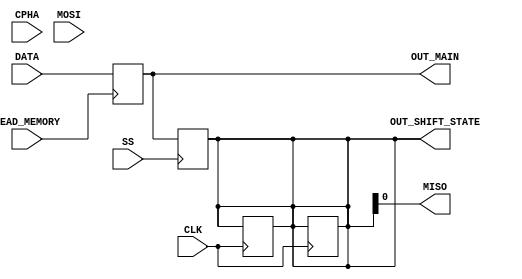
module Slave(CPHA, SS, CLK, MOSI, READ_MEMORY, DATA, 
	     MISO, OUT_SHIFT_STATE, OUT_MAIN);

// INPUTS
input CPHA;	//CLOCK PHASE
input CLK;	//CLOCK POLARITY
input SS;	//SLAVE SELECT
input  MOSI;	//MASTER OUTPUT SLAVE INPUT
input READ_MEMORY;//READING FROM MEMORY OR WRITING
input [7:0]DATA; //INPUT DATA FOR SLAVE

// OUTPUTS
output  MISO;	//MASTER INPUT SLAVE OUTPUT
output [0:7]OUT_SHIFT_STATE; 
output [0:7]OUT_MAIN;

// PARAMETRS
reg [0:7] MAIN_MEMORY = 8'b00000000;
reg [0:7] STATE;
reg DATA_IN;
reg IS_VALID = 0;

assign OUT_SHIFT_STATE = STATE;
assign OUT_MAIN = MAIN_MEMORY;
assign  MISO =STATE[7];
// Load Data to The Main Memory
always @(posedge READ_MEMORY) begin 
MAIN_MEMORY = DATA;
end

always @(negedge SS) begin
IS_VALID = 0;
STATE = MAIN_MEMORY;
end

always @(posedge CLK) begin
if(SS == 0) begin
	if(CPHA == 0) begin 
	    DATA_IN = MOSI;
            IS_VALID = 1;
	end
	else if(CPHA == 1 && IS_VALID)begin
	    STATE[0:7] = {DATA_IN, STATE[0:6]}; 
	end
end
end

always @(negedge CLK) begin
if(SS == 0) begin
	if(CPHA == 1) begin 
	    DATA_IN = MOSI;
	    IS_VALID = 1;
	end
	else if(CPHA == 0 && IS_VALID) begin
	    STATE[0:7] = {DATA_IN, STATE[0:6]};
	end
end
end

endmodule


///////////////////////////////////--> SLAVE TESTBENCH <--////////////////////////////////////////////////////////

module Slave_tb();

//SLAVE INPUTS 
reg CPHA;
reg CPOL;
reg CLK;
reg SS = 1;
reg MOSI;
reg READ_MEMORY;
reg [0:7]DATA;

//OUTPUTS 
wire MISO;
wire [0:7]OUT_SHIFT_STATE;
wire [0:7]OUT_MAIN;

integer f;
integer Iterator;
integer i = 1;
reg START = 0;
reg [7:0]TEST_CASE;
integer wrong = 0;

Slave Slave1(CPHA,SS,CLK,MOSI,READ_MEMORY,DATA,MISO,OUT_SHIFT_STATE,OUT_MAIN);

always @(OUT_SHIFT_STATE) begin
if (OUT_SHIFT_STATE != 8'b00000000) begin
MOSI = TEST_CASE[i % 8];
i = i + 1;
end

end

initial begin 
f=$fopen("Slave_tb.txt");
$fdisplay (f,"////////// SLAVE TESTBENCH //////////////////");
$fdisplay (f,"/////////////////////////////////////////////");
$fdisplay (f,"/////////////// MODE 0 //////////////////////");
$display("SEND 01010101 To SLAVE IN MODE 0");
$fdisplay (f,"CLK	MOSI	MISO	OUT_SHIFT_STATE");
$fmonitor (f,"%b	%b	%b	%b",CLK,MOSI,MISO,OUT_SHIFT_STATE);

// MODE 0
SS=0;
CPHA=0;
CPOL=0;
CLK=0;
READ_MEMORY=1;
DATA=8'b00000000;
TEST_CASE = 8'b01010101;
MOSI = TEST_CASE[0];
#10 START = 1;

//CLK GENERATION :
for (Iterator=1;Iterator<17;Iterator=Iterator+1) begin 
CLK=~CLK;
#10;
end

READ_MEMORY=0; SS = 1;
#20;

if(OUT_SHIFT_STATE == 8'b01010101) begin
$display("Passed This Test Successfully");
$fdisplay(f, "Passed This Test Successfully");
end
else begin
wrong = wrong + 1;
$display("Wrong Output Expected Output: 01010101 Output: %b", OUT_SHIFT_STATE);
$fdisplay(f, "Wrong Output Expected Output: 01010101 Output: %b", OUT_SHIFT_STATE);
end

//MODE 1
$fdisplay (f,"/////////////////////////////////////////////");
$fdisplay (f,"/////////////// MODE 1 //////////////////////");
$display("SEND 00110011 To SLAVE IN MODE 1");
$fdisplay (f,"CLK	MOSI	MISO	OUT_SHIFT_STATE	");

CPHA=1;
READ_MEMORY=1;
SS = 0;
TEST_CASE = 8'b00110011;
i = 1;
MOSI = TEST_CASE[0];
#10;

//CLK GENERATION 
for (Iterator=0;Iterator<17;Iterator=Iterator+1) begin 
CLK=~CLK;
#10;
end

SS = 1;
#20;

if(OUT_SHIFT_STATE == 8'b00110011) begin
$display("Passed This Test Successfully");
$fdisplay(f, "Passed This Test Successfully");
end
else begin
wrong = wrong + 1;
$display("Wrong Output Expected Output: 00110011 Output: %b", OUT_SHIFT_STATE);
$fdisplay(f, "Wrong Output Expected Output: 00110011 Output: %b", OUT_SHIFT_STATE);
end

//MODE 2
$fdisplay (f,"/////////////////////////////////////////////");
$fdisplay (f,"/////////////// MODE 2 //////////////////////");
$display("SEND 01101101 To SLAVE IN MODE 2");
$fdisplay (f,"CLK	MOSI	MISO	OUT_SHIFT_STATE	");

CPHA=1;
CPOL=1;
READ_MEMORY=1;
MOSI=1;
TEST_CASE = 8'b01101101;
SS = 0;
i = 1;
MOSI = TEST_CASE[0];
#10;

//CLK GENERATION 
for (Iterator=1;Iterator<17;Iterator=Iterator+1) begin 
CLK=~CLK;
#10;
end

SS = 1;
#20 READ_MEMORY=0;

if(OUT_SHIFT_STATE == 8'b01101101) begin
$display("Passed This Test Successfully");
$fdisplay(f, "Passed This Test Successfully");
end
else begin
wrong = wrong + 1;
$display("Wrong Output Expected Output: 01101101 Output: %b", OUT_SHIFT_STATE);
$fdisplay(f, "Wrong Output Expected Output: 01101101 Output: %b", OUT_SHIFT_STATE);
end

//MODE 3
$fdisplay (f,"/////////////////////////////////////////////");
$fdisplay (f,"/////////////// MODE 3 //////////////////////");
$display("SEND 10101010 To SLAVE IN MODE 3");
$fdisplay (f,"CLK	MOSI	MISO	OUT_SHIFT_STATE");

CPHA=0;
CPOL=1;
READ_MEMORY=1;
SS = 0;
MOSI=0;
i = 1;
TEST_CASE = 8'b00110011;
MOSI = TEST_CASE[0];

#10;

for (Iterator=1;Iterator<18;Iterator=Iterator+1) begin 
CLK=~CLK;
#10;
end

#20 READ_MEMORY=0;

if(OUT_SHIFT_STATE == 8'b00110011) begin
$display("Passed This Test Successfully");
$fdisplay(f, "Passed This Test Successfully");
end
else begin
wrong = wrong + 1;
$display("Wrong Output Expected Output: 00110011 Output: %b", OUT_SHIFT_STATE);
$fdisplay(f, "Wrong Output Expected Output: 00110011 Output: %b", OUT_SHIFT_STATE);
end


//MODE DEACTIVATED
$fdisplay (f,"//////////////////////////////////////////////");
$fdisplay (f,"/////////// SLAVE IS DEACTIVATED /////////////");
$display("SEND 11111111 To SLAVE WHEN DEACTIVATED");
$fdisplay (f,"CLK	MOSI	MISO	OUT_SHIFT_STATE");

SS=1;
CLK=1;
MOSI=1;
TEST_CASE = 8'b11111111;
i = 0;

for (Iterator=0;Iterator<=17;Iterator=Iterator+1) begin 
CLK=~CLK;
#10;
end

#20 READ_MEMORY=0;

if(OUT_SHIFT_STATE == 8'b00110011) begin
$display("Passed This Test Successfully");
$fdisplay(f, "Passed This Test Successfully");
end
else begin
wrong = wrong + 1;
$display("Wrong Output Expected Output: 10101010 Output: %b", OUT_SHIFT_STATE);
$fdisplay(f, "Wrong Output Expected Output: 10101010 Output: %b", OUT_SHIFT_STATE);
end


$fdisplay (f,"//////////////////////////////////////////////");
$fdisplay (f,"/////////////// END SIMULATION ///////////////");
$display("Simulation Ended. Number of wrong cases: %d", wrong);
$display("for more details check Slave_tb.txt file");



$fclose(f);


$stop;
end

endmodule